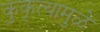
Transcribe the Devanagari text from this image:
कुकृत्यामुळे